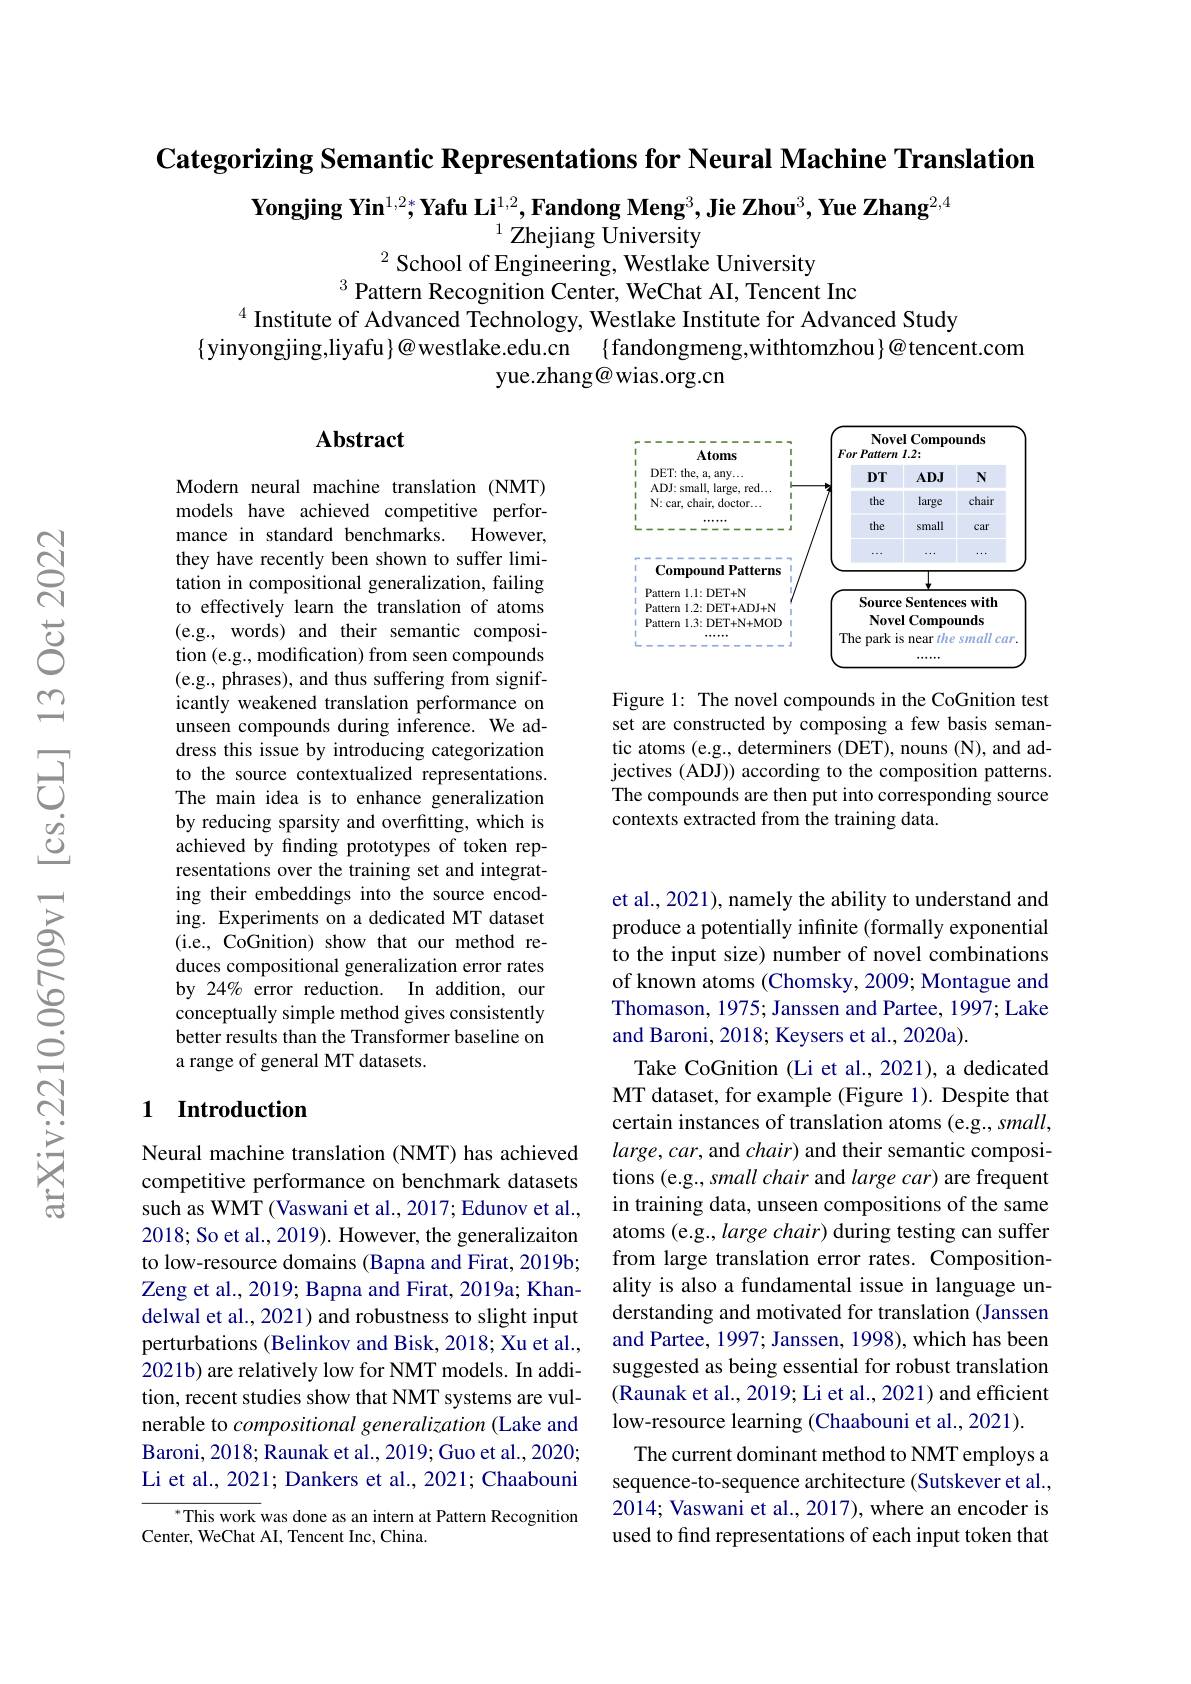
Categorizing Semantic Representations for Neural Machine Translation

$\textbf{Yongjing Yin}^{1,2*};\textbf{Yafu Li}^{1,2},\textbf{Fandong Meng}^3,\textbf{Jie Zhou}^3,\textbf{Yue Zhang}^{2,4}$

$^{1}$ Zhejiang University
$^{2}$ School of Engineering, Westlake University
$^{3}$ Pattern Recognition Center, WeChat AI, Tencent Inc

$^{4}$ Institute of Advanced Technology, Westlake Institute for Advanced Study
$\{$yinyongjing,liyafu$\}@$westlake.edu.cn $\{$fandongmeng,withtomzhou$\}@$tencent.com
yue.zhang@ wias.org.cn

## Abstract

<FigureHere>

Figure 1: The novel compounds in the CoGnition test set are constructed by composing a few basis semantic atoms (e.g., determiners (DET), nouns (N), and adjectives (ADJ)) according to the composition patterns. The compounds are then put into corresponding source contexts extracted from the training data.

Modern neural machine translation (NMT) models have achieved competitive performance in standard benchmarks. However, they have recently been shown to suffer limitation in compositional generalization, failing to effectively learn the translation of atoms (e.g., words) and their semantic composition (e.g., modification) from seen compounds (e.g., phrases), and thus suffering from significantly weakened translation performance on unseen compounds during inference. We address this issue by introducing categorization to the source contextualized representations. The main idea is to enhance generalization by reducing sparsity and overfitting, which is achieved by finding prototypes of token representations over the training set and integrating their embeddings into the source encoding. Experiments on a dedicated MT dataset (i.e., CoGnition) show that our method reduces compositional generalization error rates by 24% error reduction. In addition, our conceptually simple method gives consistently better results than the Transformer baseline on a range of general MT datasets.

### 1 Introduction

et al., 2021), namely the ability to understand and produce a potentially infinite (formally exponential to the input size) number of novel combinations of known atoms (Chomsky, 2009; Montague and Thomason, 1975; Janssen and Partee, 1997; Lake and Baroni, 2018; Keysers et al., 2020a).
Take CoGnition (Li et al., 2021), a dedicated MT dataset, for example (Figure 1). Despite that certain instances of translation atoms (e.g., small, large, car, and chair) and their semantic compositions (e.g., small chair and large car) are frequent in training data, unseen compositions of the same atoms (e.g., large chair) during testing can suffer from large translation error rates. Compositionality is also a fundamental issue in language understanding and motivated for translation (Janssen and Partee, 1997; Janssen, 1998), which has been suggested as being essential for robust translation (Raunak et al., 2019; Li et al., 2021) and efficient low-resource learning (Chaabouni et al., 2021).
The current dominant method to NMT employs a sequence-to-sequence architecture (Sutskever et al. 2014; Vaswani et al., 2017), where an encoder is used to find representations of each input token that

Neural machine translation (NMT) has achieved competitive performance on benchmark datasets such as WMT (Vaswani et al., 2017; Edunov et al., 2018; So et al., 2019). However, the generalizaiton to low-resource domains (Bapna and Firat, 2019b; Zeng et al., 2019; Bapna and Firat, 2019a; Khandelwal et al., 2021) and robustness to slight input perturbations (Belinkov and Bisk, 2018; Xu et al., 2021b) are relatively low for NMT models. In addition, recent studies show that NMT systems are vulnerable to compositional generalization (Lake and Baroni, 2018; Raunak et al., 2019; Guo et al., 2020; Li et al., 2021; Dankers et al., 2021; Chaabouni

$^*$This work was done as an intern at Pattern Recognition
Center, WeChat AI, Tencent Inc, China.